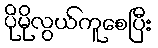
ပိုမိုလွယ်ကူစေပြီး